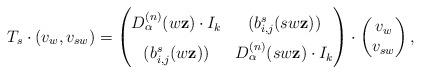
LaTeX: \begin{align*} T_{s} \cdot (v_w, v_{sw}) = \begingroup\renewcommand*{\arraystretch}{1.5}\begin{pmatrix} D^{(n)}_{\alpha}(w \mathbf{z}) \cdot I_{k} & (b_{i,j}^s(sw\mathbf{z})) \\ (b_{i,j}^s(w\mathbf{z})) & D^{(n)}_{\alpha}(s w \mathbf{z}) \cdot I_{k} \end{pmatrix}\endgroup \cdot \begin{pmatrix} v_w \\ v_{sw} \end{pmatrix}, \end{align*}